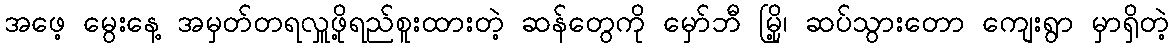
အဖေ့ မွေးနေ့ အမှတ်တရလှူဖို့ရည်စူးထားတဲ့ ဆန်တွေကို မှော်ဘီ မြို့၊ ဆပ်သွားတော ကျေးရွာ မှာရှိတဲ့